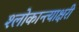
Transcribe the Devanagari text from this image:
श्लोकान्त्याक्षरी